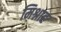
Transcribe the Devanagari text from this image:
मिश्नाह